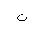
Letter: _ta